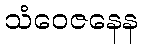
သံဝေဇနေန